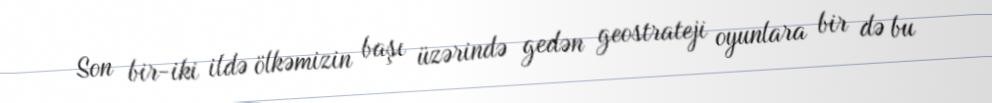
Son bir-iki ildə ölkəmizin başı üzərində gedən geostrateji oyunlara bir də bu